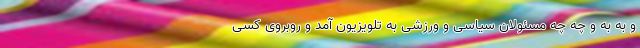
و به به و چه چه مسئولان سیاسی و ورزشی به تلویزیون آمد و روبروی کسی